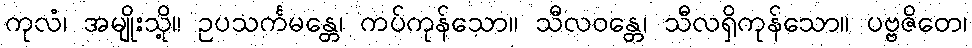
ကုလံ၊ အမျိုးသို့။ ဥပသင်္ကမန္တေ၊ ကပ်ကုန်သော။ သီလဝန္တေ၊ သီလရှိကုန်သော။ ပဗ္ဗဇိတေ၊